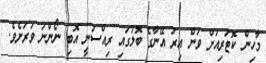
މާހިން ކޮޓަރިއަށް ވަން އިރު އޭނާގެ ބޮލުގައި ރިއްސަނީ އޮބި ނޯންނަ ވަރަށެވެ.